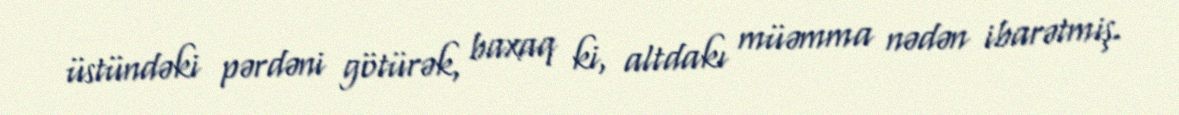
üstündəki pərdəni götürək, baxaq ki, altdakı müəmma nədən ibarətmiş.